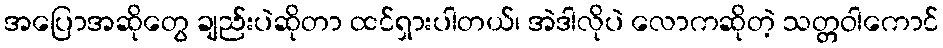
အပြောအဆိုတွေ ချည်းပဲဆိုတာ ထင်ရှားပါတယ်၊ အဲဒါလိုပဲ လောကဆိုတဲ့ သတ္တဝါကောင်